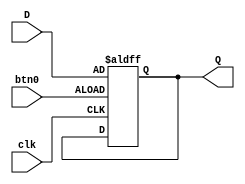
`timescale 1ns / 1ps
//////////////////////////////////////////////////////////////////////////////////
// Company: 
// Engineer: 
// 
// Design Name: 
// Module Name: register
// Project Name: 
// Target Devices: 
// Tool Versions: 
// Description: 
// 
// Dependencies: 
// 
// Revision:
// Revision 0.01 - File Created
// Additional Comments:
// 
//////////////////////////////////////////////////////////////////////////////////


module register(
input btn0,
input clk,
input [7:0] D,
output [7:0] Q
);
reg [7:0] tmp;

always @ (posedge (btn0), posedge (clk))
begin
    if (btn0 == 1)
         tmp <= D;    
end
assign Q = tmp;
endmodule